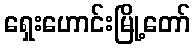
ရှေးဟောင်းမြို့တော်